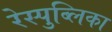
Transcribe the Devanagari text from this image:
रेस्पुब्लिका